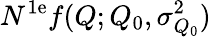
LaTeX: N^{\mathrm{1e}}f(Q;Q_{0},\sigma_{Q_{0}}^{2})